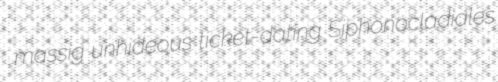
massig unhideous ticket-dating Siphonocladiales